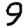
Digit: 9